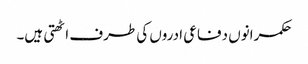
حکمرانوں دفاعی ادروں کی طرف اٹھتی ہیں۔